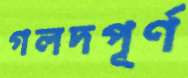
গলদপূর্ণ